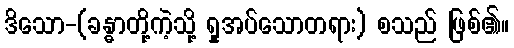
ဒိသော-(ခန္ဓာတို့ကဲ့သို့ ရှုအပ်သောတရား) စသည် ဖြစ်၏။